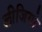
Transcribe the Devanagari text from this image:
लीजियो